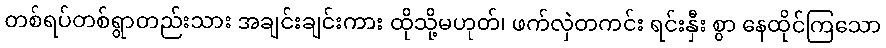
တစ်ရပ်တစ်ရွာတည်းသား အချင်းချင်းကား ထိုသို့မဟုတ်၊ ဖက်လှဲတကင်း ရင်းနှီး စွာ နေထိုင်ကြသော